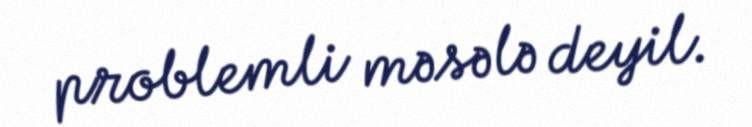
problemli məsələ deyil.